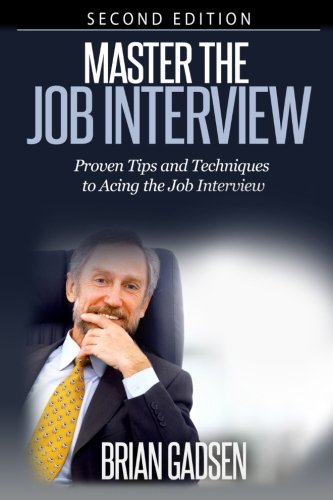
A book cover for Master The Job Interview: Proven Tips And Techniques To Acing The Job Interview: Proven Tips and Techniques To Acing The Job Interview; Brian Gadsen; Business & Money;